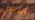
ابتعدي